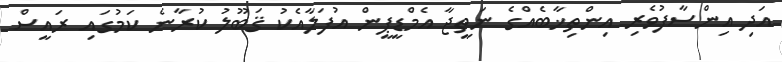
އަދި އިންސާފުވެރި އިންތިޚާބެއްގެ ނަތީޖާ އެމްޑީޕީން އުފަލާއެކު ޤަބޫލު ކުރާނެ ކަމުގައި ރައީސް